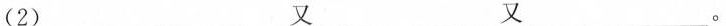
(2)___又___又___。